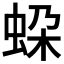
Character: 𧊱